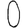
Digit: 0